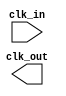
module master_clock_gen(
  input clk_in,
  output reg clk_out
);

always @(posedge clk_in) begin
  // Clock generation logic here
  // Example: clk_out <= ~clk_out;
end

endmodule